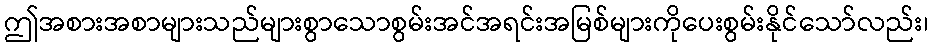
ဤအစားအစာများသည်များစွာသောစွမ်းအင်အရင်းအမြစ်များကိုပေးစွမ်းနိုင်သော်လည်း၊